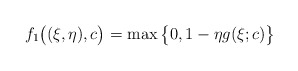
\begin{align*}f_1\big((\xi,\eta),c\big) = \max\big\{0, 1 - \eta g(\xi;c)\big\}\end{align*}